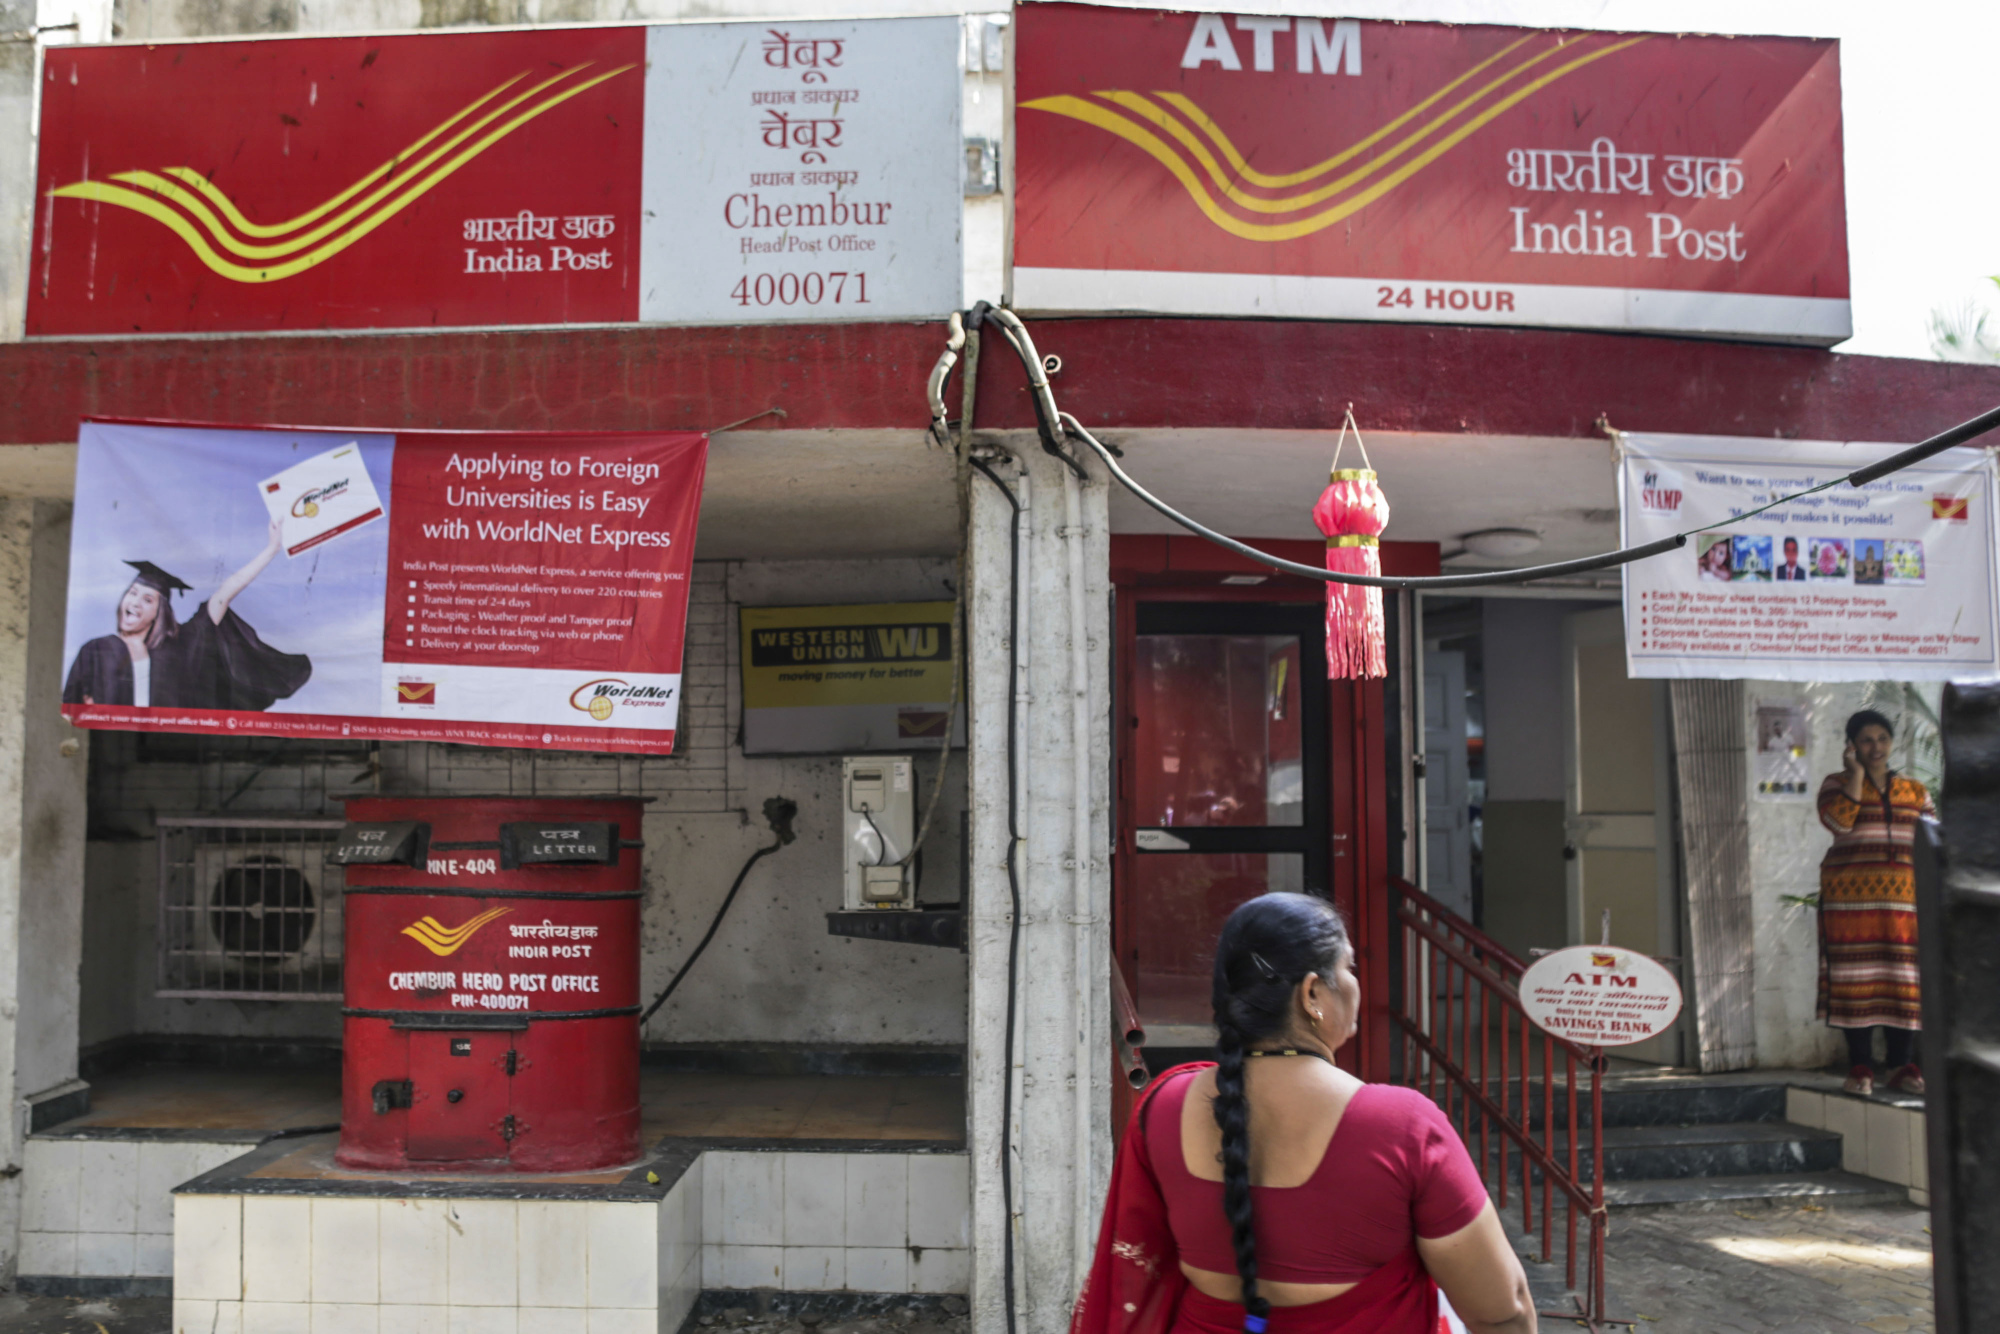
Language: marathi
Transcription: भारतीय डाक चेंबूर